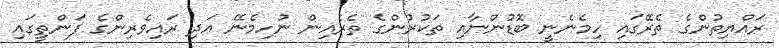
ރައްޔިތުންގެ ތެރޭގައި ހިމެނެނީ ބޮޑުންނާއި ތަކުރުންގެ ތެރެއިން ނުހިމެނޭ އަދި ރައިވެރިންގެ ފަންތީގައި